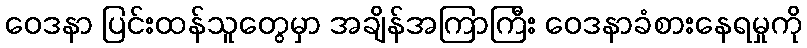
ဝေဒနာ ပြင်းထန်သူတွေမှာ အချိန်အကြာကြီး ဝေဒနာခံစားနေရမှုကို